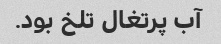
آب پرتغال تلخ بود.